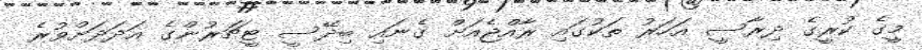
މީގެ ކުރީގެ ދިރާސީ އަހަރު ތަކުގައި ރާއްޖެއަށް ގެނައި ބިދޭސީ ޓީޗަރުންގެ އަދަދަށްވުރެ